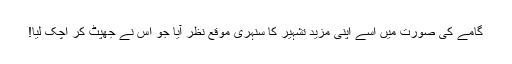
گامے کی صورت میں اسے اپنی مزید تشہیر کا سنہری موقع نظر آیا جو اس نے جھپٹ کر اچک لیا!